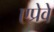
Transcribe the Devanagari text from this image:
एप्रेवे